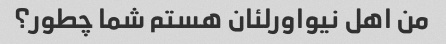
من اهل نیواورلئان هستم شما چطور؟